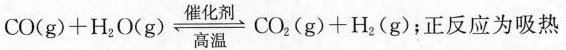
$$CO(g)+H_{2}O(g)\rightleftharp